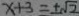
x + 3 = \pm \sqrt { 2 }